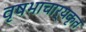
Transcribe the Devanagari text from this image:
वृषभाचार्यकृत